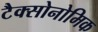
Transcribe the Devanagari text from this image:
टैक्सोनोमिक